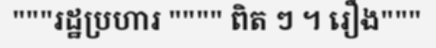
"""រដ្ឋប្រហារ """" ពិត ៗ ។ រឿង"""